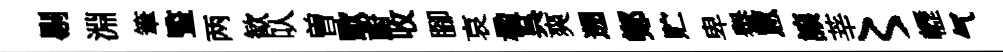
剔淵筆䜿两歓㕥曽歜蔚收腳哀楹呉爽遡鄭贮卑譽罳譲莘〻轣气